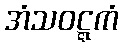
အံသဝဋ္ဋကံ